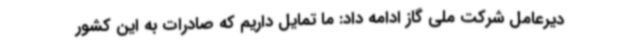
دیرعامل شرکت ملی گاز ادامه داد: ما تمایل داریم که صادرات به این کشور